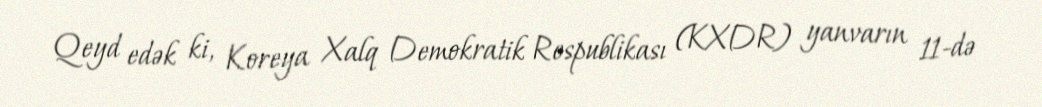
Qeyd edək ki, Koreya Xalq Demokratik Respublikası (KXDR) yanvarın 11-də